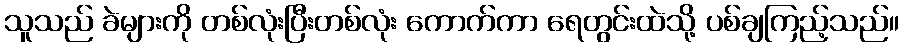
သူသည် ခဲများကို တစ်လုံးပြီးတစ်လုံး ကောက်ကာ ရေတွင်းထဲသို့ ပစ်ချကြည့်သည်။